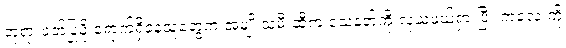
ဘုရားဝတ်ပြုဖို့ ရောက်ရှိနေသူတွေက အမျိုးသမီးဆီက သေနတ်ကို လုယူဖယ်ရှားပြီး ကလေးကို